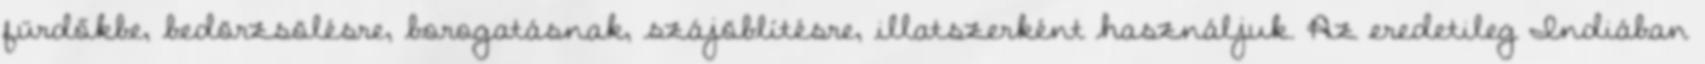
fürdőkbe, bedörzsölésre, borogatásnak, szájöblítésre, illatszerként használjuk. Az eredetileg Indiában